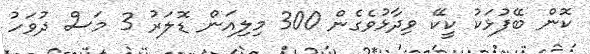
ކޮން ބޭފުޅަކު ކީކޭ ވިދާޅުވެގެން 300 މިލިއަން ޑޮލަރު 3 މަސް ދުވަހު